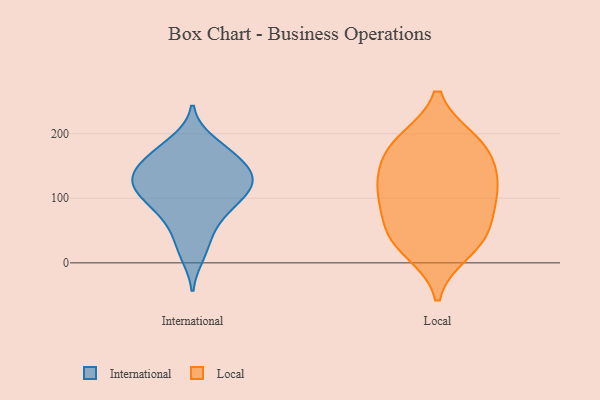
{"axis": {"x": "Energy Usage (MWh)", "y": "Value"}, "legend": ["International", "Local"], "data": [{"x": "", "y": 173, "type": "International"}, {"x": "", "y": 118, "type": "International"}, {"x": "", "y": 119, "type": "International"}, {"x": "", "y": 112, "type": "International"}, {"x": "", "y": 186, "type": "International"}, {"x": "", "y": 71, "type": "International"}, {"x": "", "y": 14, "type": "International"}, {"x": "", "y": 144, "type": "International"}, {"x": "", "y": 146, "type": "International"}, {"x": "", "y": 84, "type": "International"}, {"x": "", "y": 125, "type": "International"}, {"x": "", "y": 167, "type": "International"}, {"x": "", "y": 77, "type": "International"}, {"x": "", "y": 112, "type": "International"}, {"x": "", "y": 128, "type": "International"}, {"x": "", "y": 157, "type": "International"}, {"x": "", "y": 33, "type": "International"}, {"x": "", "y": 51, "type": "Local"}, {"x": "", "y": 154, "type": "Local"}, {"x": "", "y": 19, "type": "Local"}, {"x": "", "y": 187, "type": "Local"}, {"x": "", "y": 188, "type": "Local"}, {"x": "", "y": 108, "type": "Local"}, {"x": "", "y": 126, "type": "Local"}, {"x": "", "y": 173, "type": "Local"}, {"x": "", "y": 50, "type": "Local"}, {"x": "", "y": 34, "type": "Local"}, {"x": "", "y": 98, "type": "Local"}, {"x": "", "y": 109, "type": "Local"}]}